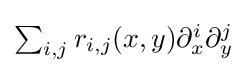
{\textstyle \sum _{i,j}r_{i,j}(x,y)\partial _{x}^{i}\partial _{y}^{j}}